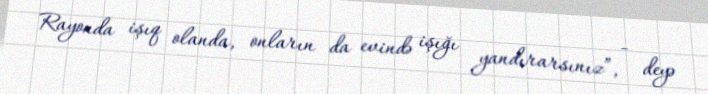
Rayonda işıq olanda, onların da evində işığı yandırarsınız”, - deyə